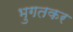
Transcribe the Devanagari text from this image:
भुगतकर